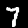
Digit: 7